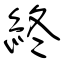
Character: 終